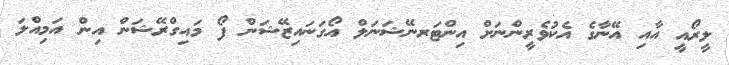
ލީރޯއީ އާއި އޭނާގެ އެކުވެރީންނަށް އިންޓަރނޭޝަނަލް އޯގަނައިޒޭޝަން ފޯ މައިގްރޭޝަން އިން އަމިއްލަ